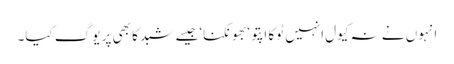
انہوں نے نہ کیول انہیں ٹوکا اپتو‘بھونکنا‘جیسے شبد کا بھی پر یوگ کیا۔